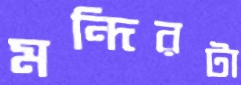
মন্দিরটা